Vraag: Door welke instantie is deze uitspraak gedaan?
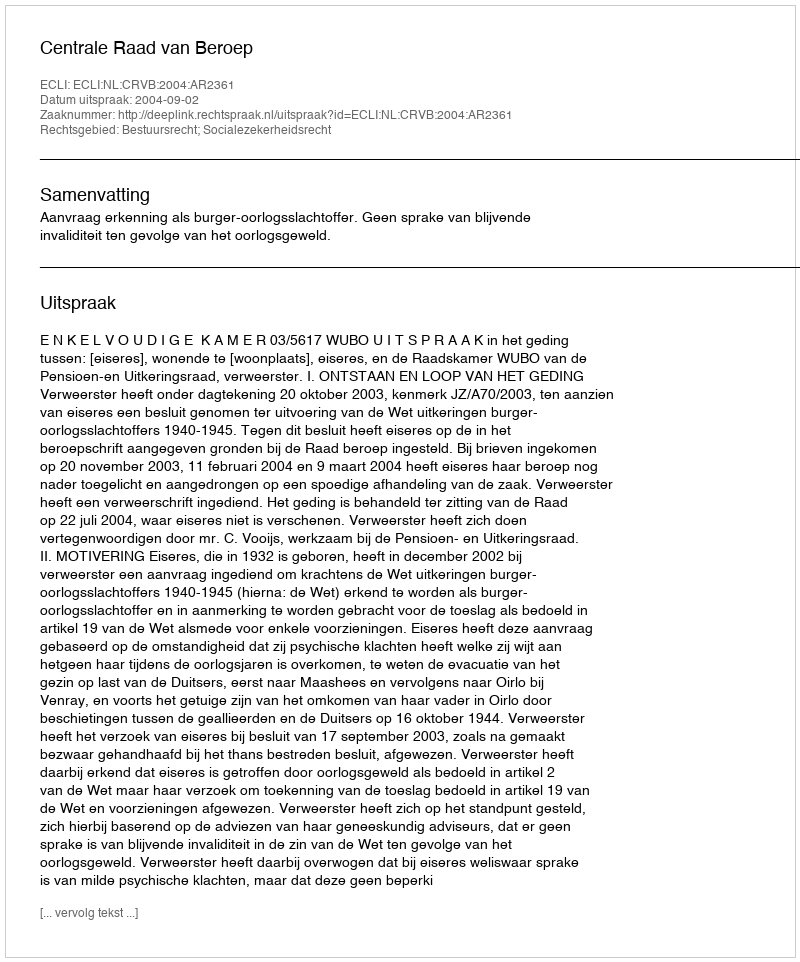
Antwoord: Centrale Raad van Beroep